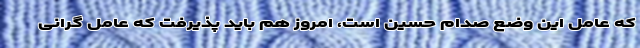
که عامل این وضع صدام حسین است، امروز هم باید پذیرفت که عامل گرانی